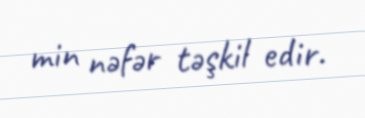
min nəfər təşkil edir.